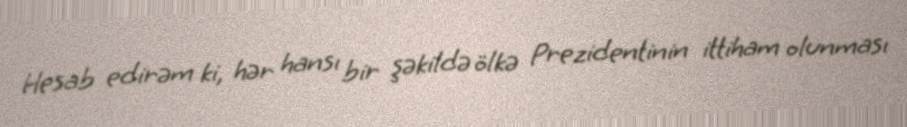
Hesab edirəm ki, hər hansı bir şəkildə ölkə Prezidentinin ittiham olunması